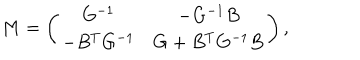
M = \left( \begin{matrix} { { G ^ { - 1 } } } & { { - G ^ { - 1 } B } } \\ { { - B ^ { T } G ^ { - 1 } } } & { { G + B ^ { T } G ^ { - 1 } B } } \\ \end{matrix} \right) ,